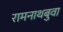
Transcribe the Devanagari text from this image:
रामनाथबुवा